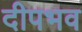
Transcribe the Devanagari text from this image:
दीपभव